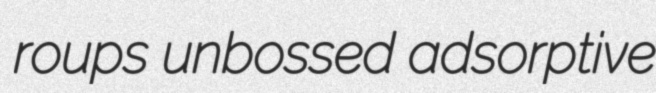
roups unbossed adsorptive